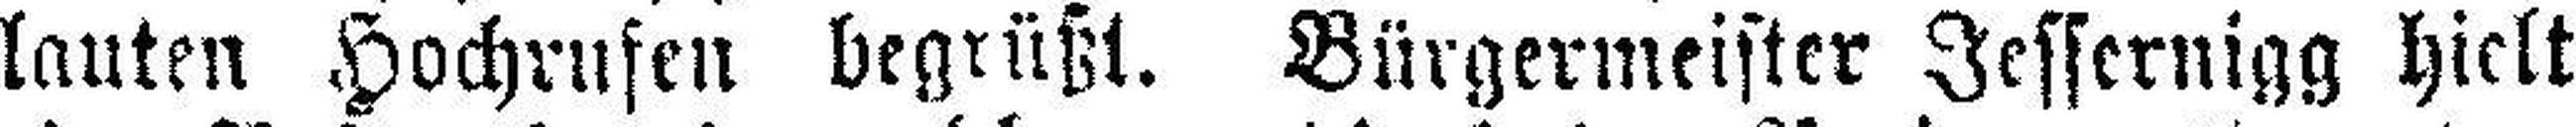
lauten Hochrufen begrüßt. Bürgermeister Jessernigg hielt